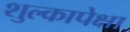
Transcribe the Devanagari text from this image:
शुल्कापेक्षा